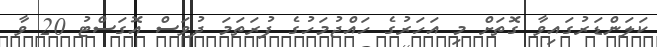
ކަލަންޑަރުގައިވާ ގޮތަށް މި އަހަރުގެ ހައްޖުމަހުގެ ފުރަތަމަ ދުވަސް އޮގަސްޓު 20 ވާ